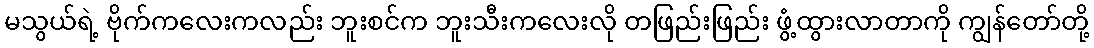
မသွယ်ရဲ့ ဗိုက်ကလေးကလည်း ဘူးစင်က ဘူးသီးကလေးလို တဖြည်းဖြည်း ဖွံ့ထွားလာတာကို ကျွန်တော်တို့